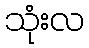
သုံးလ